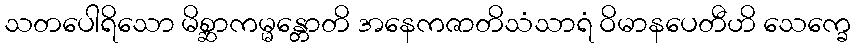
သတပေါရိသော မိစ္ဆာကမ္မန္တောတိ အနေကဇာတိသံသာရံ ဝိမာနပေတီဟိ သေက္ခေ